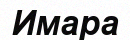
Имара